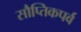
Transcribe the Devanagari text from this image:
सौप्तिकपर्व